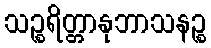
သဉ္စရိတ္တာနုဘာသနဉ္စ